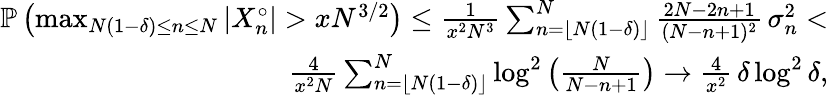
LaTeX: \begin{array}{r}{{\mathbb P}\left(\operatorname*{max}_{N(1-\delta)\leq n\leq N}|X_{n}^{\circ}|>xN^{3/2}\right)\leq\frac{1}{x^{2}N^{3}}\sum_{n=\lfloor N(1-\delta)\rfloor}^{N}\frac{2N-2n+1}{(N-n+1)^{2}}\, \sigma_{n}^{2}<}\\ {\frac{4}{x^{2}N}\sum_{n=\lfloor N(1-\delta)\rfloor}^{N}\log^{2}\left(\frac{N}{N-n+1}\right)\to\frac{4}{x^{2}}\, \delta\log^{2}\delta,}\end{array}